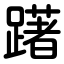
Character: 躇